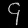
Digit: ၄